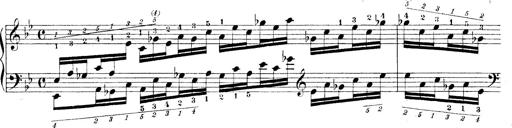
Title: Technische Studien
Composer: Franz Liszt